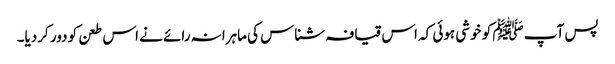
پس آپ ﷺ کو خوشی ہوئی کہ اس قیافہ شناس کی ماہرانہ رائے نے اس طعن کو دور کردیا۔